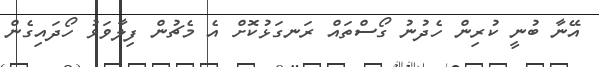
އޭނާ ބުނީ ކުރިން ހެދުނު ގޯސްތައް ރަނގަޅުކޮށް އެ މެޗުން ފިލާވަޅު ހޯދައިގެން